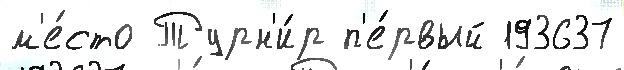
м'е́сто Турн'и́р п'е́рвый 193637